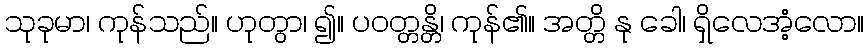
သုခုမာ၊ ကုန်သည်။ ဟုတွာ၊ ၍။ ပဝတ္တန္တိ၊ ကုန်၏။ အတ္တိ နု ခေါ၊ ရှိလေအံ့လော။